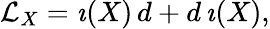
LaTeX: {\cal L}_{X}=\imath(X)\, d+d\, \imath(X),